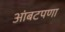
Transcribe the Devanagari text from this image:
आंबटपणा